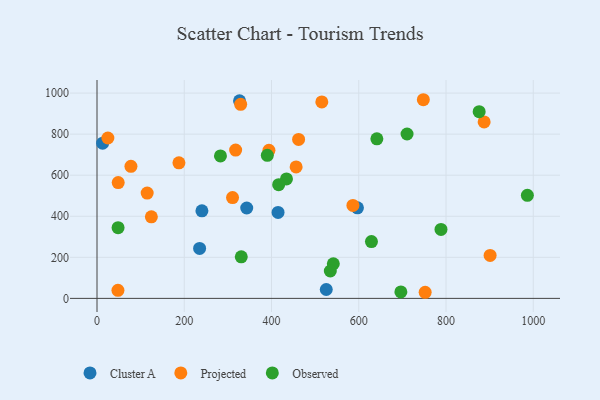
{"axis": {"x": "Price", "y": "Rating"}, "legend": ["Cluster A", "Observed", "Projected"], "data": [{"x": "12.9", "y": 756.3, "type": "Cluster A"}, {"x": "597.0", "y": 441.1, "type": "Cluster A"}, {"x": "525.5", "y": 43.3, "type": "Cluster A"}, {"x": "415.0", "y": 418.8, "type": "Cluster A"}, {"x": "326.7", "y": 962.4, "type": "Cluster A"}, {"x": "235.2", "y": 243.2, "type": "Cluster A"}, {"x": "343.2", "y": 440.3, "type": "Cluster A"}, {"x": "240.5", "y": 426.6, "type": "Cluster A"}, {"x": "515.3", "y": 957.1, "type": "Projected"}, {"x": "115.0", "y": 513.2, "type": "Projected"}, {"x": "748.0", "y": 967.7, "type": "Projected"}, {"x": "329.3", "y": 945.5, "type": "Projected"}, {"x": "187.8", "y": 660.4, "type": "Projected"}, {"x": "48.0", "y": 39.3, "type": "Projected"}, {"x": "48.6", "y": 564.3, "type": "Projected"}, {"x": "456.4", "y": 640.2, "type": "Projected"}, {"x": "317.8", "y": 722.6, "type": "Projected"}, {"x": "394.1", "y": 721.1, "type": "Projected"}, {"x": "24.9", "y": 781.3, "type": "Projected"}, {"x": "586.6", "y": 452.6, "type": "Projected"}, {"x": "752.2", "y": 29.8, "type": "Projected"}, {"x": "462.1", "y": 774.5, "type": "Projected"}, {"x": "901.1", "y": 209.5, "type": "Projected"}, {"x": "124.6", "y": 397.4, "type": "Projected"}, {"x": "77.8", "y": 643.3, "type": "Projected"}, {"x": "887.4", "y": 859.5, "type": "Projected"}, {"x": "310.7", "y": 491.1, "type": "Projected"}, {"x": "710.7", "y": 800.7, "type": "Observed"}, {"x": "876.0", "y": 909.5, "type": "Observed"}, {"x": "541.7", "y": 168.8, "type": "Observed"}, {"x": "788.5", "y": 335.9, "type": "Observed"}, {"x": "390.4", "y": 697.1, "type": "Observed"}, {"x": "629.1", "y": 276.6, "type": "Observed"}, {"x": "283.0", "y": 694.1, "type": "Observed"}, {"x": "986.5", "y": 501.8, "type": "Observed"}, {"x": "330.7", "y": 202.4, "type": "Observed"}, {"x": "534.8", "y": 133.5, "type": "Observed"}, {"x": "434.3", "y": 581.8, "type": "Observed"}, {"x": "641.5", "y": 777.3, "type": "Observed"}, {"x": "696.5", "y": 31.3, "type": "Observed"}, {"x": "48.3", "y": 344.6, "type": "Observed"}, {"x": "416.4", "y": 554.1, "type": "Observed"}]}